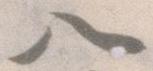
八